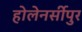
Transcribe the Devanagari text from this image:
होलेनर्सीपुर